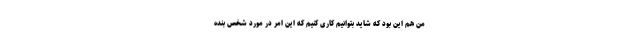
من هم این بود که شاید بتوانیم کاری کنیم که این امر در مورد شخص بنده